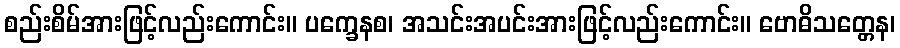
စည်းစိမ်အားဖြင့်လည်းကောင်း။ ပက္ခေနစ၊ အသင်းအပင်းအားဖြင့်လည်းကောင်း။ ဗောဓိသတ္တေန၊